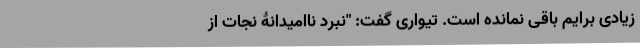
زیادی برایم باقی نمانده است. تیواری گفت: "نبرد ناامیدانۀ نجات از